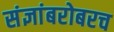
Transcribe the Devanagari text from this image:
संज्ञांबरोबरच